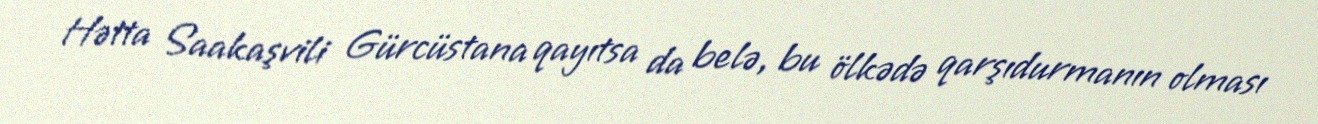
Hətta Saakaşvili Gürcüstana qayıtsa da belə, bu ölkədə qarşıdurmanın olması